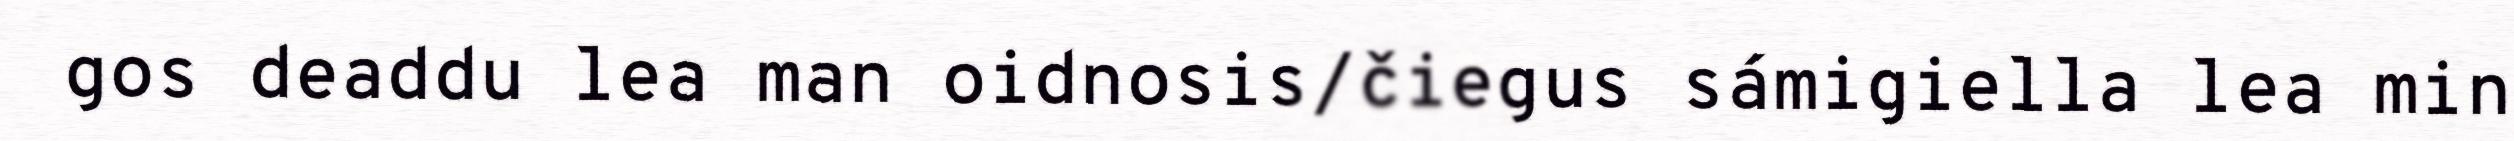
gos deaddu lea man oidnosis/čiegus sámigiella lea min